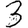
Digit: 3